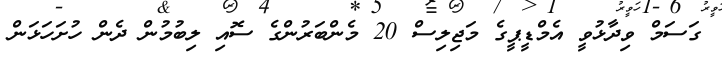
ގަސަމް ވިދާޅުވީ އެމްޑީޕީގެ މަޖިލިސް 20 މެންބަރުންގެ ސޮއި ލިބުމުން ދެން ހުށަހަޅަން